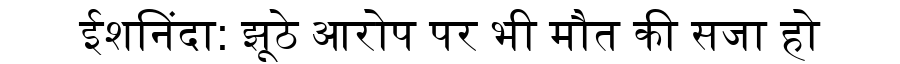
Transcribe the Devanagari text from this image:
ईशनिंदा: झूठे आरोप पर भी मौत की सजा हो